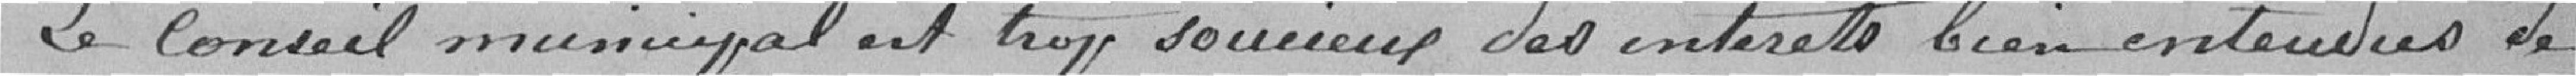
Le Conseil municipal est trop soucieux des intérêts bien entendus de